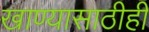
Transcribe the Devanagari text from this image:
खाण्यासाठीही